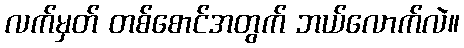
လက်မှတ် တစ်စောင်အတွက် ဘယ်လောက်လဲ။